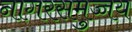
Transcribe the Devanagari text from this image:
नागरसमुच्चय